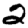
Digit: 2